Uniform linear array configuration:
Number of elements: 24
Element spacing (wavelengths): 0.5
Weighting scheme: exponential
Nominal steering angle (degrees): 45
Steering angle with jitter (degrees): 45.8
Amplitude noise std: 0.05
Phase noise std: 0.05

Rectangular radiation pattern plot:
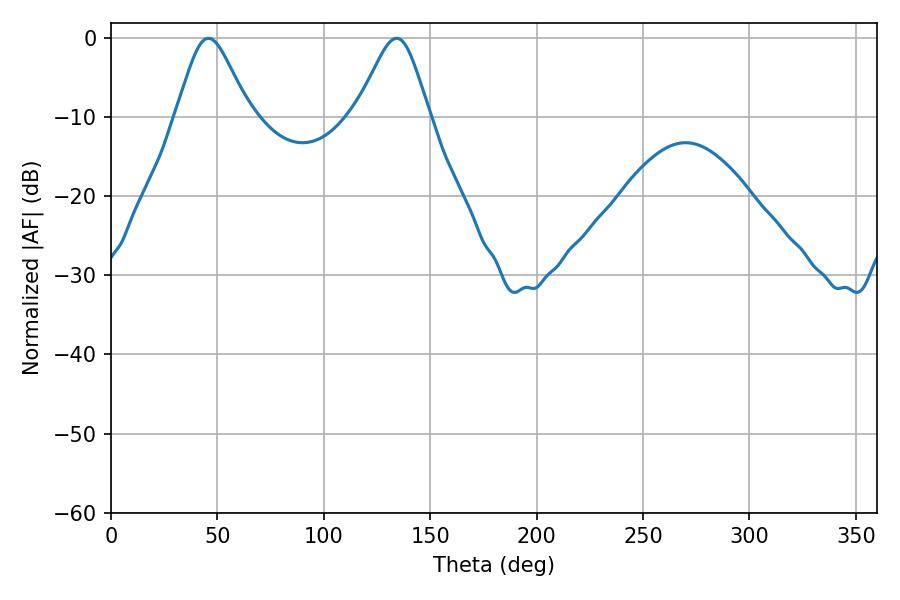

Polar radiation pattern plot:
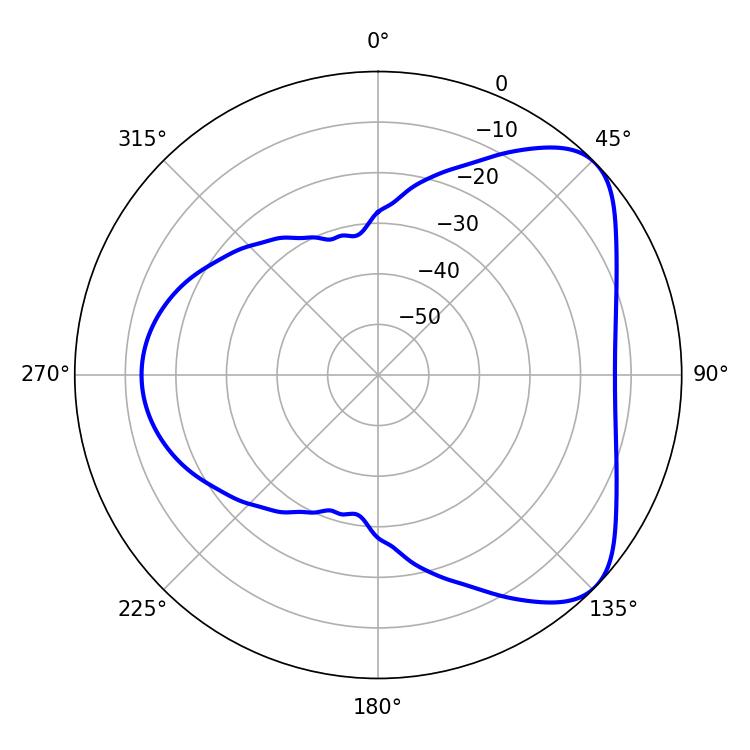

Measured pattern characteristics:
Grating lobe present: FALSE
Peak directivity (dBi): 5.947
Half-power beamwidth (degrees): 16.74
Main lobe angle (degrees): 45.72